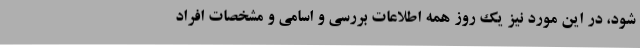
شود، در این مورد نیز یک روز همه اطلاعات بررسی و اسامی و مشخصات افراد